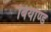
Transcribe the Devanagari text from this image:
बियोण्ड